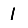
Digit: 1